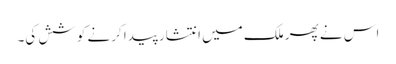
اس نے پھر ملک میں انتشار پیدا کرنے کوشش کی۔